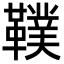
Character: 䪁